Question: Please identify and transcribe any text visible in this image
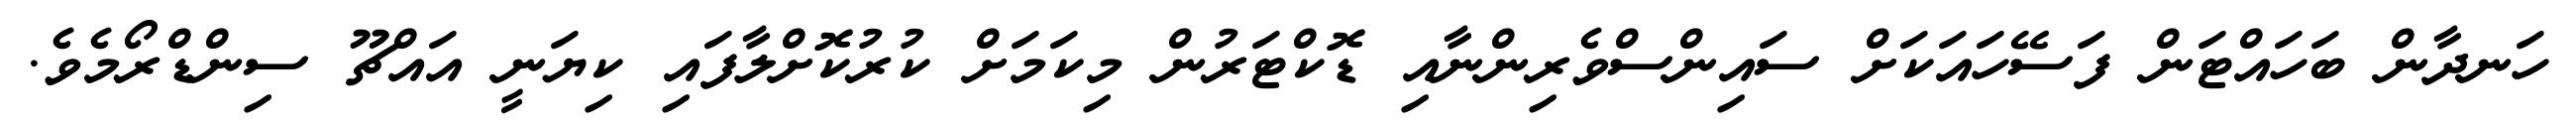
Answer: ހަނދާން ބަހައްޓަން ފަސޭހައަކަށް ސައިންސްވެރިންނާއި ޑޮކްޓަރުން މިކަމަށް ކުރުކޮށްލާފައި ކިޔަނީ އައްޗޫ ސިންޑްރޯމެވެ.